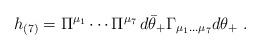
LaTeX: \begin{align*}h_{(7)}= \Pi^{\mu_1}\cdots \Pi^{\mu_7}\, d\bar\theta_+\Gamma_{\mu_1\dots\mu_7}d\theta_+\ .\end{align*}